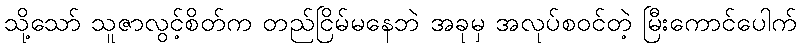
သို့သော် သူဇာလွင့်စိတ်က တည်ငြိမ်မနေဘဲ အခုမှ အလုပ်စဝင်တဲ့ မြီးကောင်ပေါက်